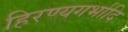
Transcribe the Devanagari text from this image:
हिरण्यगर्भादि